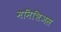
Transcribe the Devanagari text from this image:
मनिशिअस